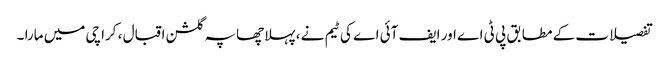
تفصیلات کے مطابق پی ٹی اے اور ایف آئی اے کی ٹیم نے ، پہلا چھاپہ گلشن اقبال ، کراچی میں مارا ۔